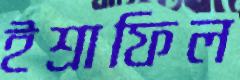
ইশ্রাফিল